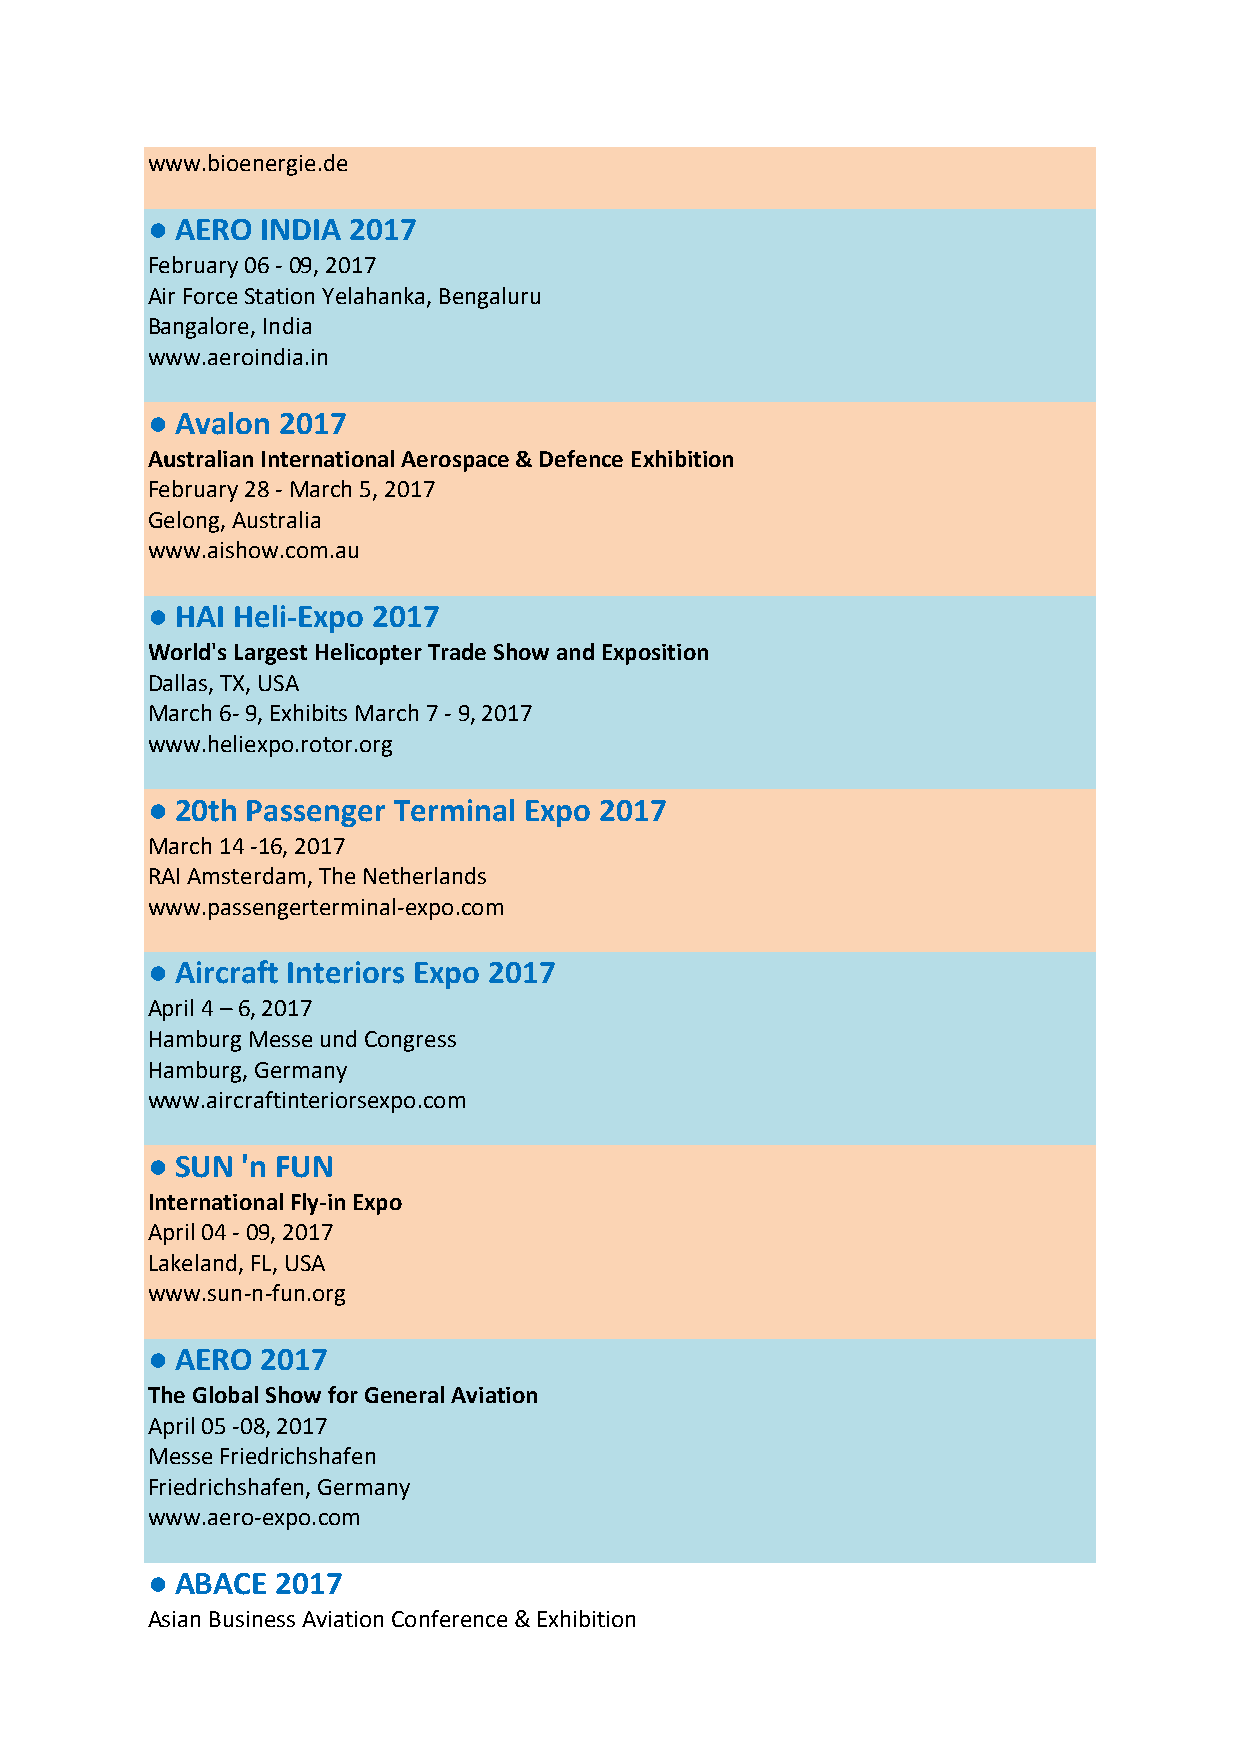
www.bioenergie.de
 ● AERO INDIA 2017
 February 06 - 09, 2017
 Air Force Station Yelahanka, Bengaluru
 Bangalore, India
 www.aeroindia.in
 ● Avalon 2017
 Australian International Aerospace & Defence Exhibition
 February 28 - March 5, 2017
 Gelong, Australia
 www.aishow.com.au
 ● HAI Heli-Expo 2017
 World's Largest Helicopter Trade Show and Exposition
 Dallas, TX, USA
 March 6- 9, Exhibits March 7 - 9, 2017
 www.heliexpo.rotor.org
 ● 20th Passenger Terminal Expo 2017
 March 14 -16, 2017
 RAI Amsterdam, The Netherlands
 www.passengerterminal-expo.com
 ● Aircraft Interiors Expo 2017
 April 4 – 6, 2017
 Hamburg Messe und Congress
 Hamburg, Germany
 www.aircraftinteriorsexpo.com
 ● SUN 'n FUN
 International Fly-in Expo
 April 04 - 09, 2017
 Lakeland, FL, USA
 www.sun-n-fun.org
 ● AERO 2017
 The Global Show for General Aviation
 April 05 -08, 2017
 Messe Friedrichshafen
 Friedrichshafen, Germany
 www.aero-expo.com
 ● ABACE 2017
 Asian Business Aviation Conference & Exhibition